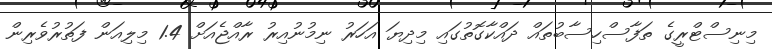
މިނިސްޓްރީގެ ތަފާސްހިސާބުތައް ދައްކާގޮތުގައި މިދިޔަ އަހަރު ނިމުނުއިރު ރާއްޖެއަށް 1.4 މިލިއަން ފަތުރުވެރިން